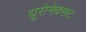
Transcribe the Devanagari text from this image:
यूरोनेक्सट